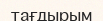
тағдырым